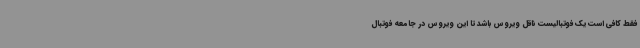
فقط کافی است یک فوتبالیست ناقل ویروس باشد تا این ویروس در جامعه فوتبال